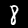
Label: 8